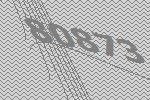
80873